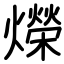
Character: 爃